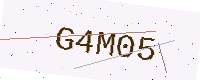
Text: G4M05